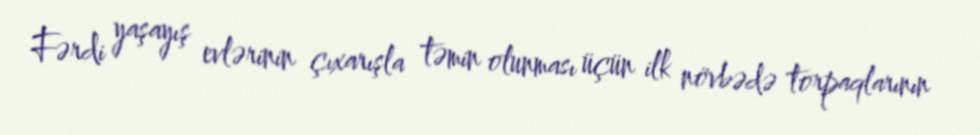
Fərdi yaşayış evlərinin çıxarışla təmin olunması üçün ilk növbədə torpaqlarının